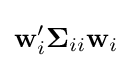
\mathbf {w} _{i}'\mathbf {\Sigma } _{ii}\mathbf {w} _{i}